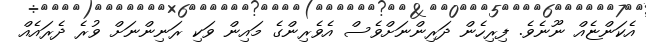
އެކަންޏެއް ނޫނެވެ. ފިރިހެން ދަރިންނަށްވެސް އެވެރިންގެ މައިން ވަކި ރަނިންނަށް ވުރެ ދެރައެއް